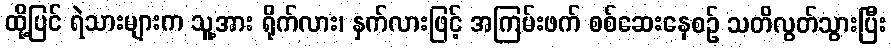
ထို့ပြင် ရဲသားများက သူ့အား ရိုက်လား၊ နှက်လားဖြင့် အကြမ်းဖက် စစ်ဆေးနေစဉ် သတိလွတ်သွားပြီး